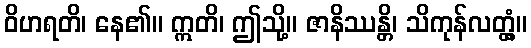
ဝိဟရတိ၊ နေ၏။ ဣတိ၊ ဤသို့။ ဇာနိဿန္တိ၊ သိကုန်လတ္တံ့။